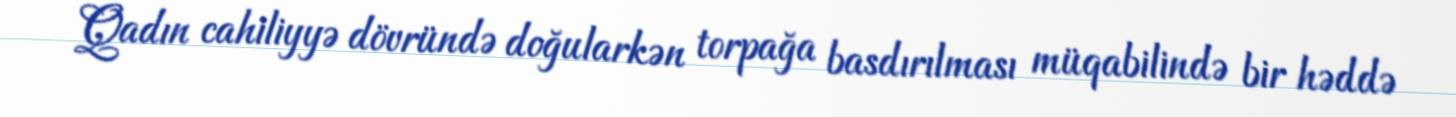
Qadın cahiliyyə dövründə doğularkən torpağa basdırılması müqabilində bir həddə